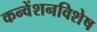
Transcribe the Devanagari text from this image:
कन्वेंशनविशेष